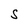
Character: S